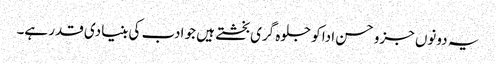
یہ دونوں جزو حسن ادا کو جلوہ گری بخشتے ہیں جو ادب کی بنیادی قدر ہے۔